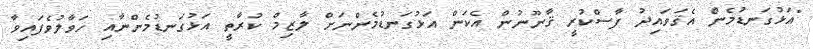
"އަޅުގަނޑުމެން އެޤަވައިދު ފާސްކުރީ ޤާނޫނުން އެކަން އަޅުގަނޑުމެންނަށް ލާޒިމް ކުރާތީ އަޅުގަނޑުމެންނާއި ހަވާލުވެފައިވާ